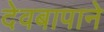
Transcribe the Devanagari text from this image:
देवबापाने